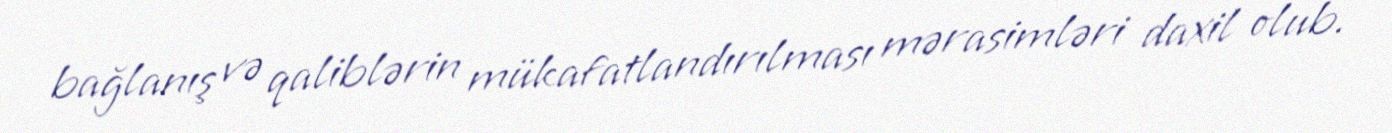
bağlanış və qaliblərin mükafatlandırılması mərasimləri daxil olub.